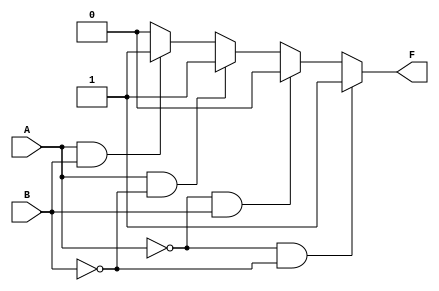
module two_variable_kmap (
    input wire A,  // 1-bit input A
    input wire B,  // 1-bit input B
    output wire F  // 1-bit output F
);

// K-map values (minterms)
parameter m0 = 1; // F0 = 1
parameter m1 = 0; // F1 = 0
parameter m2 = 1; // F2 = 1
parameter m3 = 1; // F3 = 1

// Combinational logic for output F based on A and B
assign F = (A == 0 && B == 0) ? m0 : // m0
           (A == 0 && B == 1) ? m1 : // m1
           (A == 1 && B == 0) ? m2 : // m2
           (A == 1 && B == 1) ? m3 : // m3
           0; // Default case (should not occur)

endmodule